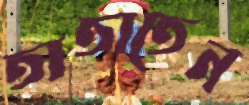
তাতাতেন